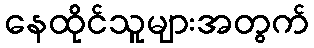
နေထိုင်သူများအတွက်